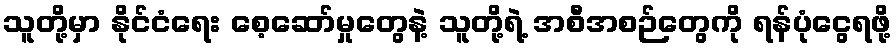
သူတို့မှာ နိုင်ငံရေး စေ့ဆော်မှုတွေနဲ့ သူတို့ရဲ့ အစီအစဉ်တွေကို ရန်ပုံငွေရဖို့